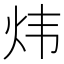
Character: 炜